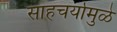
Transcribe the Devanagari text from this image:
साहचर्यामुळे